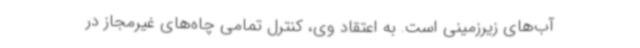
آب‌های زیرزمینی است. به اعتقاد وی، کنترل تمامی چاه‌های غیرمجاز در